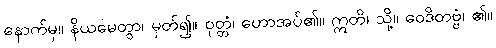
နောက်မှ။ နိယမေတွာ၊ မှတ်၍။ ဝုတ္တံ၊ ဟောအပ်၏။ ဣတိ၊ သို့။ ဝေဒိတဗ္ဗံ၊ ၏။